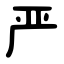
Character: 严